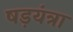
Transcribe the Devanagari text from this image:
षड़यंत्रा